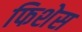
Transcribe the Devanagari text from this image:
फिशेस